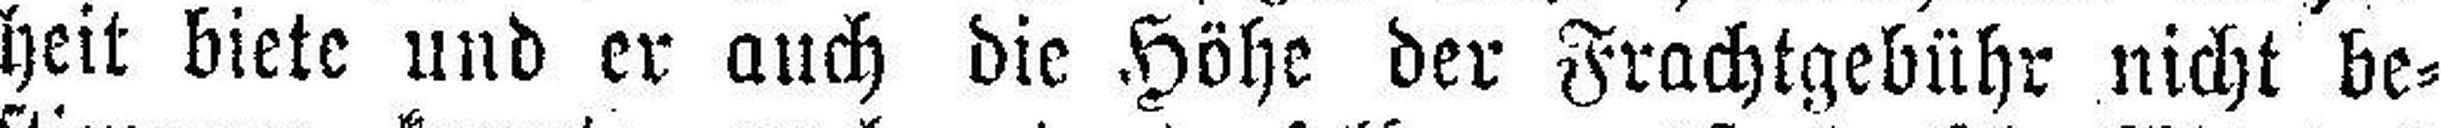
heit biete und er auch die Höhe der Frachtgebühr nicht be¬